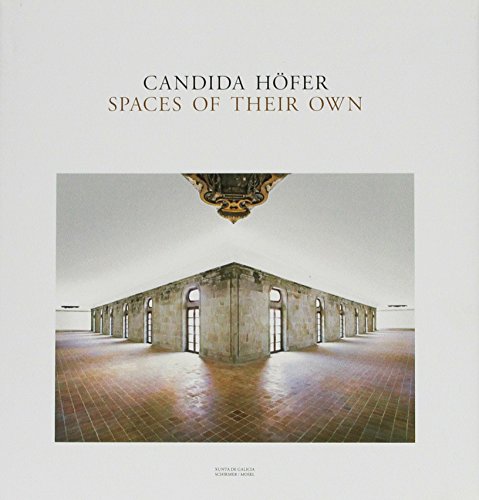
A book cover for Candida HÃ¶fer: Spaces of Their Own; Enrique Vila-Matas; Health, Fitness & Dieting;